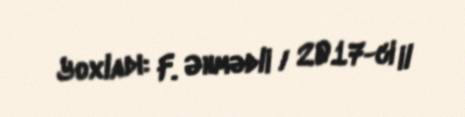
Yoxladı: F. Əhmədli / 2017-ci il